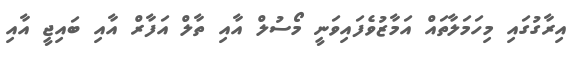
އިރާގުގައި މިހަމަލާތައް އަމާޒުވެފައިވަނީ މޯސުލް އާއި ތާލް އަފާރް އާއި ބައިޖީ އާއި